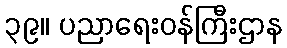
၃၉။ ပညာရေးဝန်ကြီးဌာန